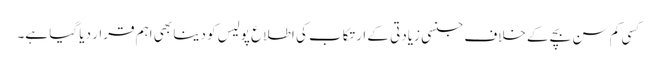
کسی کم سن بچے کے خلاف جنسی زیادتی کے ارتکاب کی اطلاع پولیس کو دینا بھی اہم قرار دیا گیا ہے۔